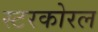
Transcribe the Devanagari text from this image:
स्टरकोरल